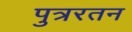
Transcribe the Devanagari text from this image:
पुत्ररतन